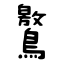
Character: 鸄